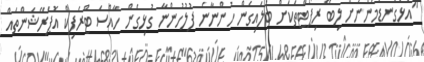
"އަޅުގަނޑުމެންނަށް ލިބޭ ރިޕޯޓްތަކަށް ބަލައިގެން ހުންނާނެ ފުލުހުންނާ ގުޅިގެން ހާއްސަ ޓްރެފިކް އޮޕަރޭޝަންތައް